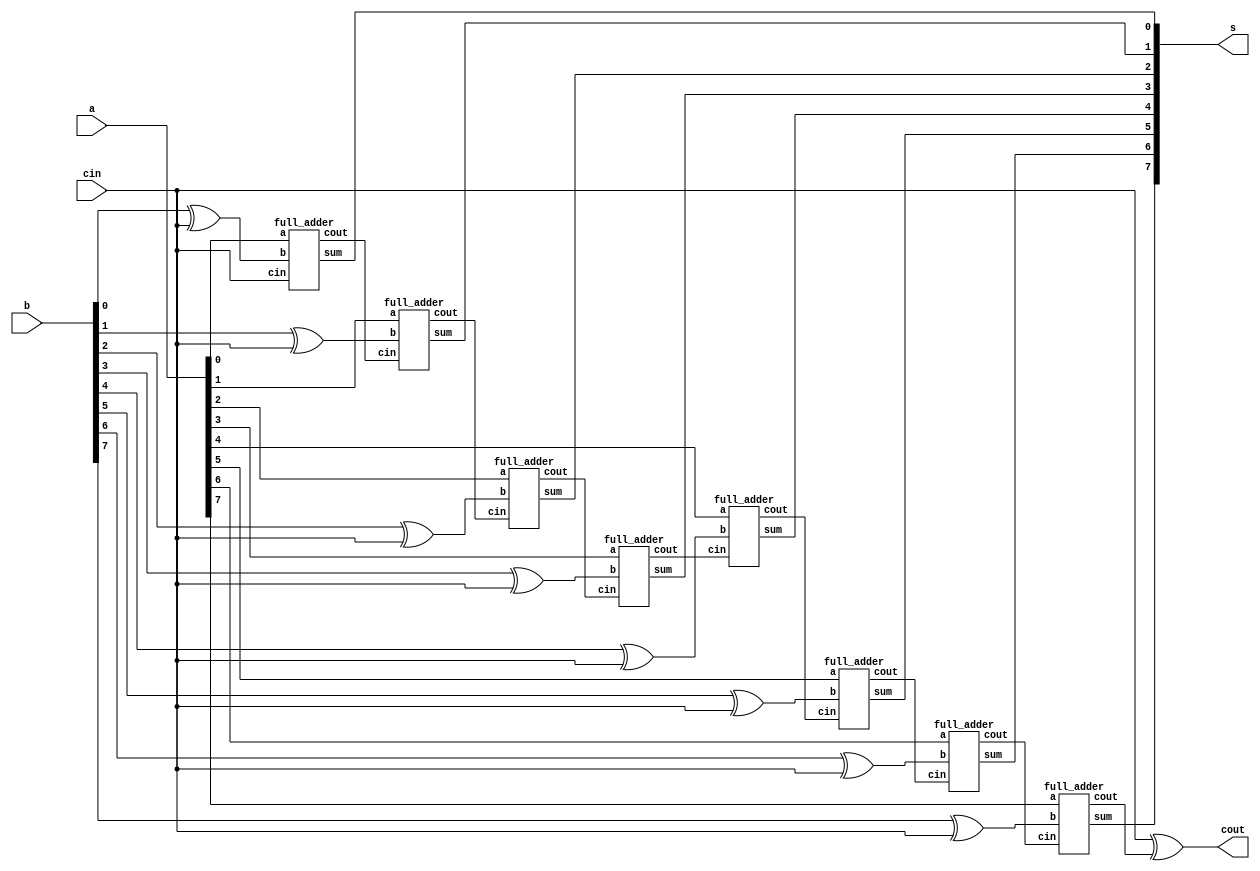
module adder_subtractor(
    output cout, //MSB, determines if answer is positive or negative
    output [7:0] s,
    input [7:0] a,
    input [7:0] b,
    input cin // if 1, subtract, if 0, add. This is XOR'ed with b
    );
    
    wire [7:0] bin;
    assign bin[0] = b[0]^cin;
    assign bin[1] = b[1]^cin;
    assign bin[2] = b[2]^cin;
    assign bin[3] = b[3]^cin;
    assign bin[4] = b[4]^cin;                          
    assign bin[5] = b[5]^cin;
    assign bin[6] = b[6]^cin;
    assign bin[7] = b[7]^cin;
    
      
    wire [8:1] carry; 
     full_adder FA0(carry[1],s[0],a[0],bin[0],cin);
     full_adder FA1(carry[2],s[1],a[1],bin[1],carry[1]);
     full_adder FA2(carry[3],s[2],a[2],bin[2],carry[2]);
     full_adder FA3(carry[4],s[3],a[3],bin[3],carry[3]);
     full_adder FA4(carry[5],s[4],a[4],bin[4],carry[4]);
     full_adder FA5(carry[6],s[5],a[5],bin[5],carry[5]);
     full_adder FA6(carry[7],s[6],a[6],bin[6],carry[6]);
     full_adder FA7(carry[8],s[7],a[7],bin[7],carry[7]);
     
     assign cout = cin^carry[8];
   
endmodule

module full_adder(output cout,output sum,input a,input b,input cin
    );
    
    assign sum = a^b^cin;
    assign cout = (a&b) | (a&cin) | (b&cin);
endmodule